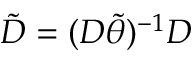
\tilde { D } = ( D \tilde { \theta } ) ^ { - 1 } D